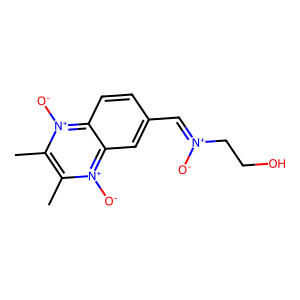
SMILES: Cc1c(C)[n+]([O-])c2cc(C=[N+]([O-])CCO)ccc2[n+]1[O-]
Inhibits HIV replication: No